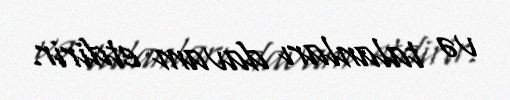
və talanları davam etdirir.